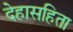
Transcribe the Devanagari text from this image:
देहासहिता